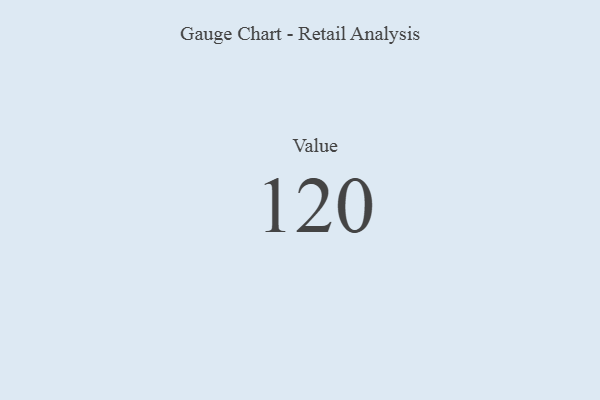
{"axis": {"x": "Metric", "y": "Value"}, "legend": [""], "data": [{"x": "Value", "y": 120, "type": ""}]}